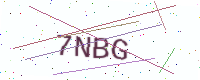
Text: 7NBG